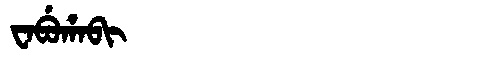
Manchu: ᠸᠠᠪᡠᡥᠠᠪᡳ
Romanization: WABUHABI